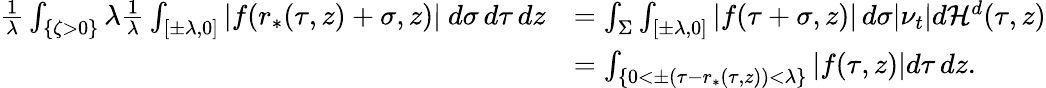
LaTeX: \begin{array}{rl}{\frac{1}{\lambda}\int_{\{ \zeta>0\} }\lambda\frac{1}{\lambda}\int_{[\pm\lambda,0]}|f(r_{*}(\tau,z)+\sigma,z)|\ d\sigma\, d\tau\, dz}&{=\int_{\Sigma}\int_{[\pm\lambda,0]}|f(\tau+\sigma,z)|\, d\sigma|\nu_{t}|d\mathcal{H}^{d}(\tau,z)}\\ &{=\int_{\{ 0<\pm(\tau-r_{*}(\tau,z))<\lambda\} }|f(\tau,z)|d\tau\, dz.}\end{array}